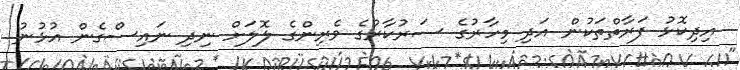
އިދިކޮޅު ފަރާތްތަކުން އަދި މިހާރުގެ ސަރުކާރުގެ ވެރިންގެ ލޮލަށް ނިދި ނައިސްގެން އުޅުނު